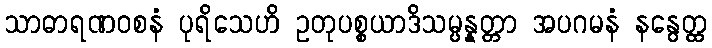
သာဓာရဏဝစနံ ပုရိသေဟိ ဥတုပစ္စယာဒိသမ္ပန္နတ္တာ အပဂမနံ နနွေတ္ထ